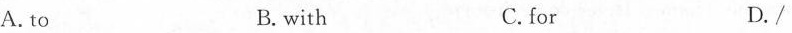
A. to B. with C.for D./